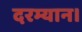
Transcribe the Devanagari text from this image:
दरम्यान।